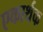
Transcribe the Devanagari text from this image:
एकार्थक